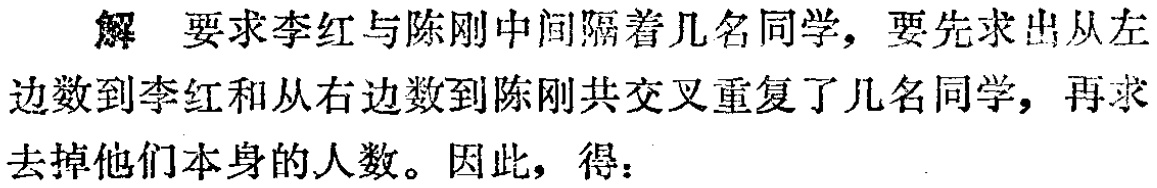
解 要求李红与陈刚中间隔着几名同学，要先求出从左边数到李红和从右边数到陈刚共交叉重复了几名同学，再求去掉他们本身的人数。因此，得：